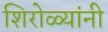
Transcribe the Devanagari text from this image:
शिरोळ्यांनी